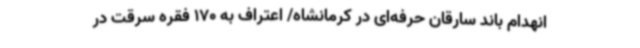
انهدام باند سارقان حرفه‌ای در کرمانشاه/ اعتراف به 170 فقره سرقت در